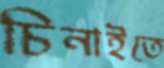
চিনাইতে